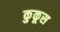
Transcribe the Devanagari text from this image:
कुकूस